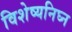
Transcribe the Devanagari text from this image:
विशेष्यनिघ्न